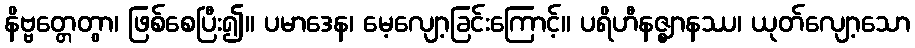
နိဗ္ဗတ္တေတွာ၊ ဖြစ်စေပြီး၍။ ပမာဒေန၊ မေ့လျော့ခြင်းကြောင့်။ ပရိဟီနဇ္ဈာနဿ၊ ယုတ်လျော့သော